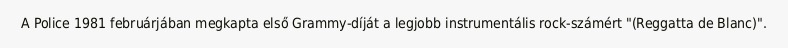
A Police 1981 februárjában megkapta első Grammy-díját a legjobb instrumentális rock-számért "(Reggatta de Blanc)".